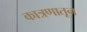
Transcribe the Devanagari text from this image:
कात्रणातून